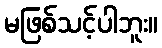
မဖြစ်သင့်ပါဘူး။